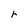
Character: r